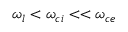
\omega _ { l } < \omega _ { c i } < < \omega _ { c e }